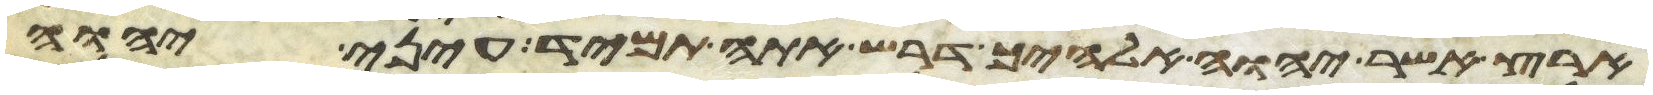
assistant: ארץ אשר יהוה אלהיך דרש אתה תמיד עיני יהוה